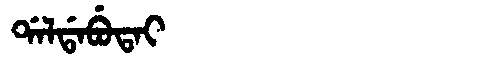
Manchu: ᡩᠠᠯᡩᠠᠪᡠᡨᠠᡳ
Romanization: DALDABUTAI